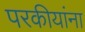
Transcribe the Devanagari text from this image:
परकीयांना